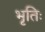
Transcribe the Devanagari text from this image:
भृतिः